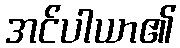
အင်ပါယာ၏